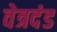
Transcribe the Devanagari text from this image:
वेत्रदंड